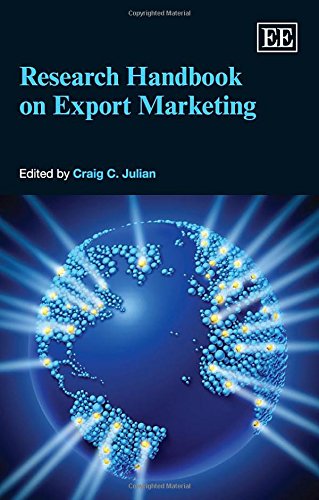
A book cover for Research Handbook on Export Marketing (Elgar Original Reference); Craig C. Julian; Business & Money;